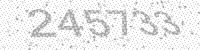
Solution: 245733